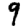
Digit: 9